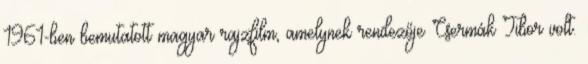
1961-ben bemutatott magyar rajzfilm, amelynek rendezője Csermák Tibor volt.